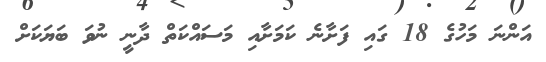
އަންނަ މަހުގެ 18 ގައި ފަށާނެ ކަމަށާއި މަސައްކަތް ދާނީ ނުވަ ބަޔަކަށް